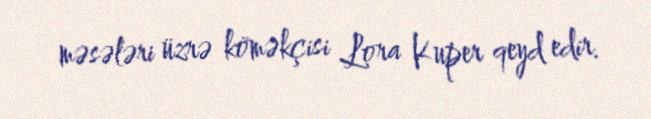
məsələri üzrə köməkçisi Lora Kuper qeyd edir.